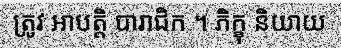
ត្រូវ អាបត្តិ បារាជិក ។ ភិក្ខុ និយាយ